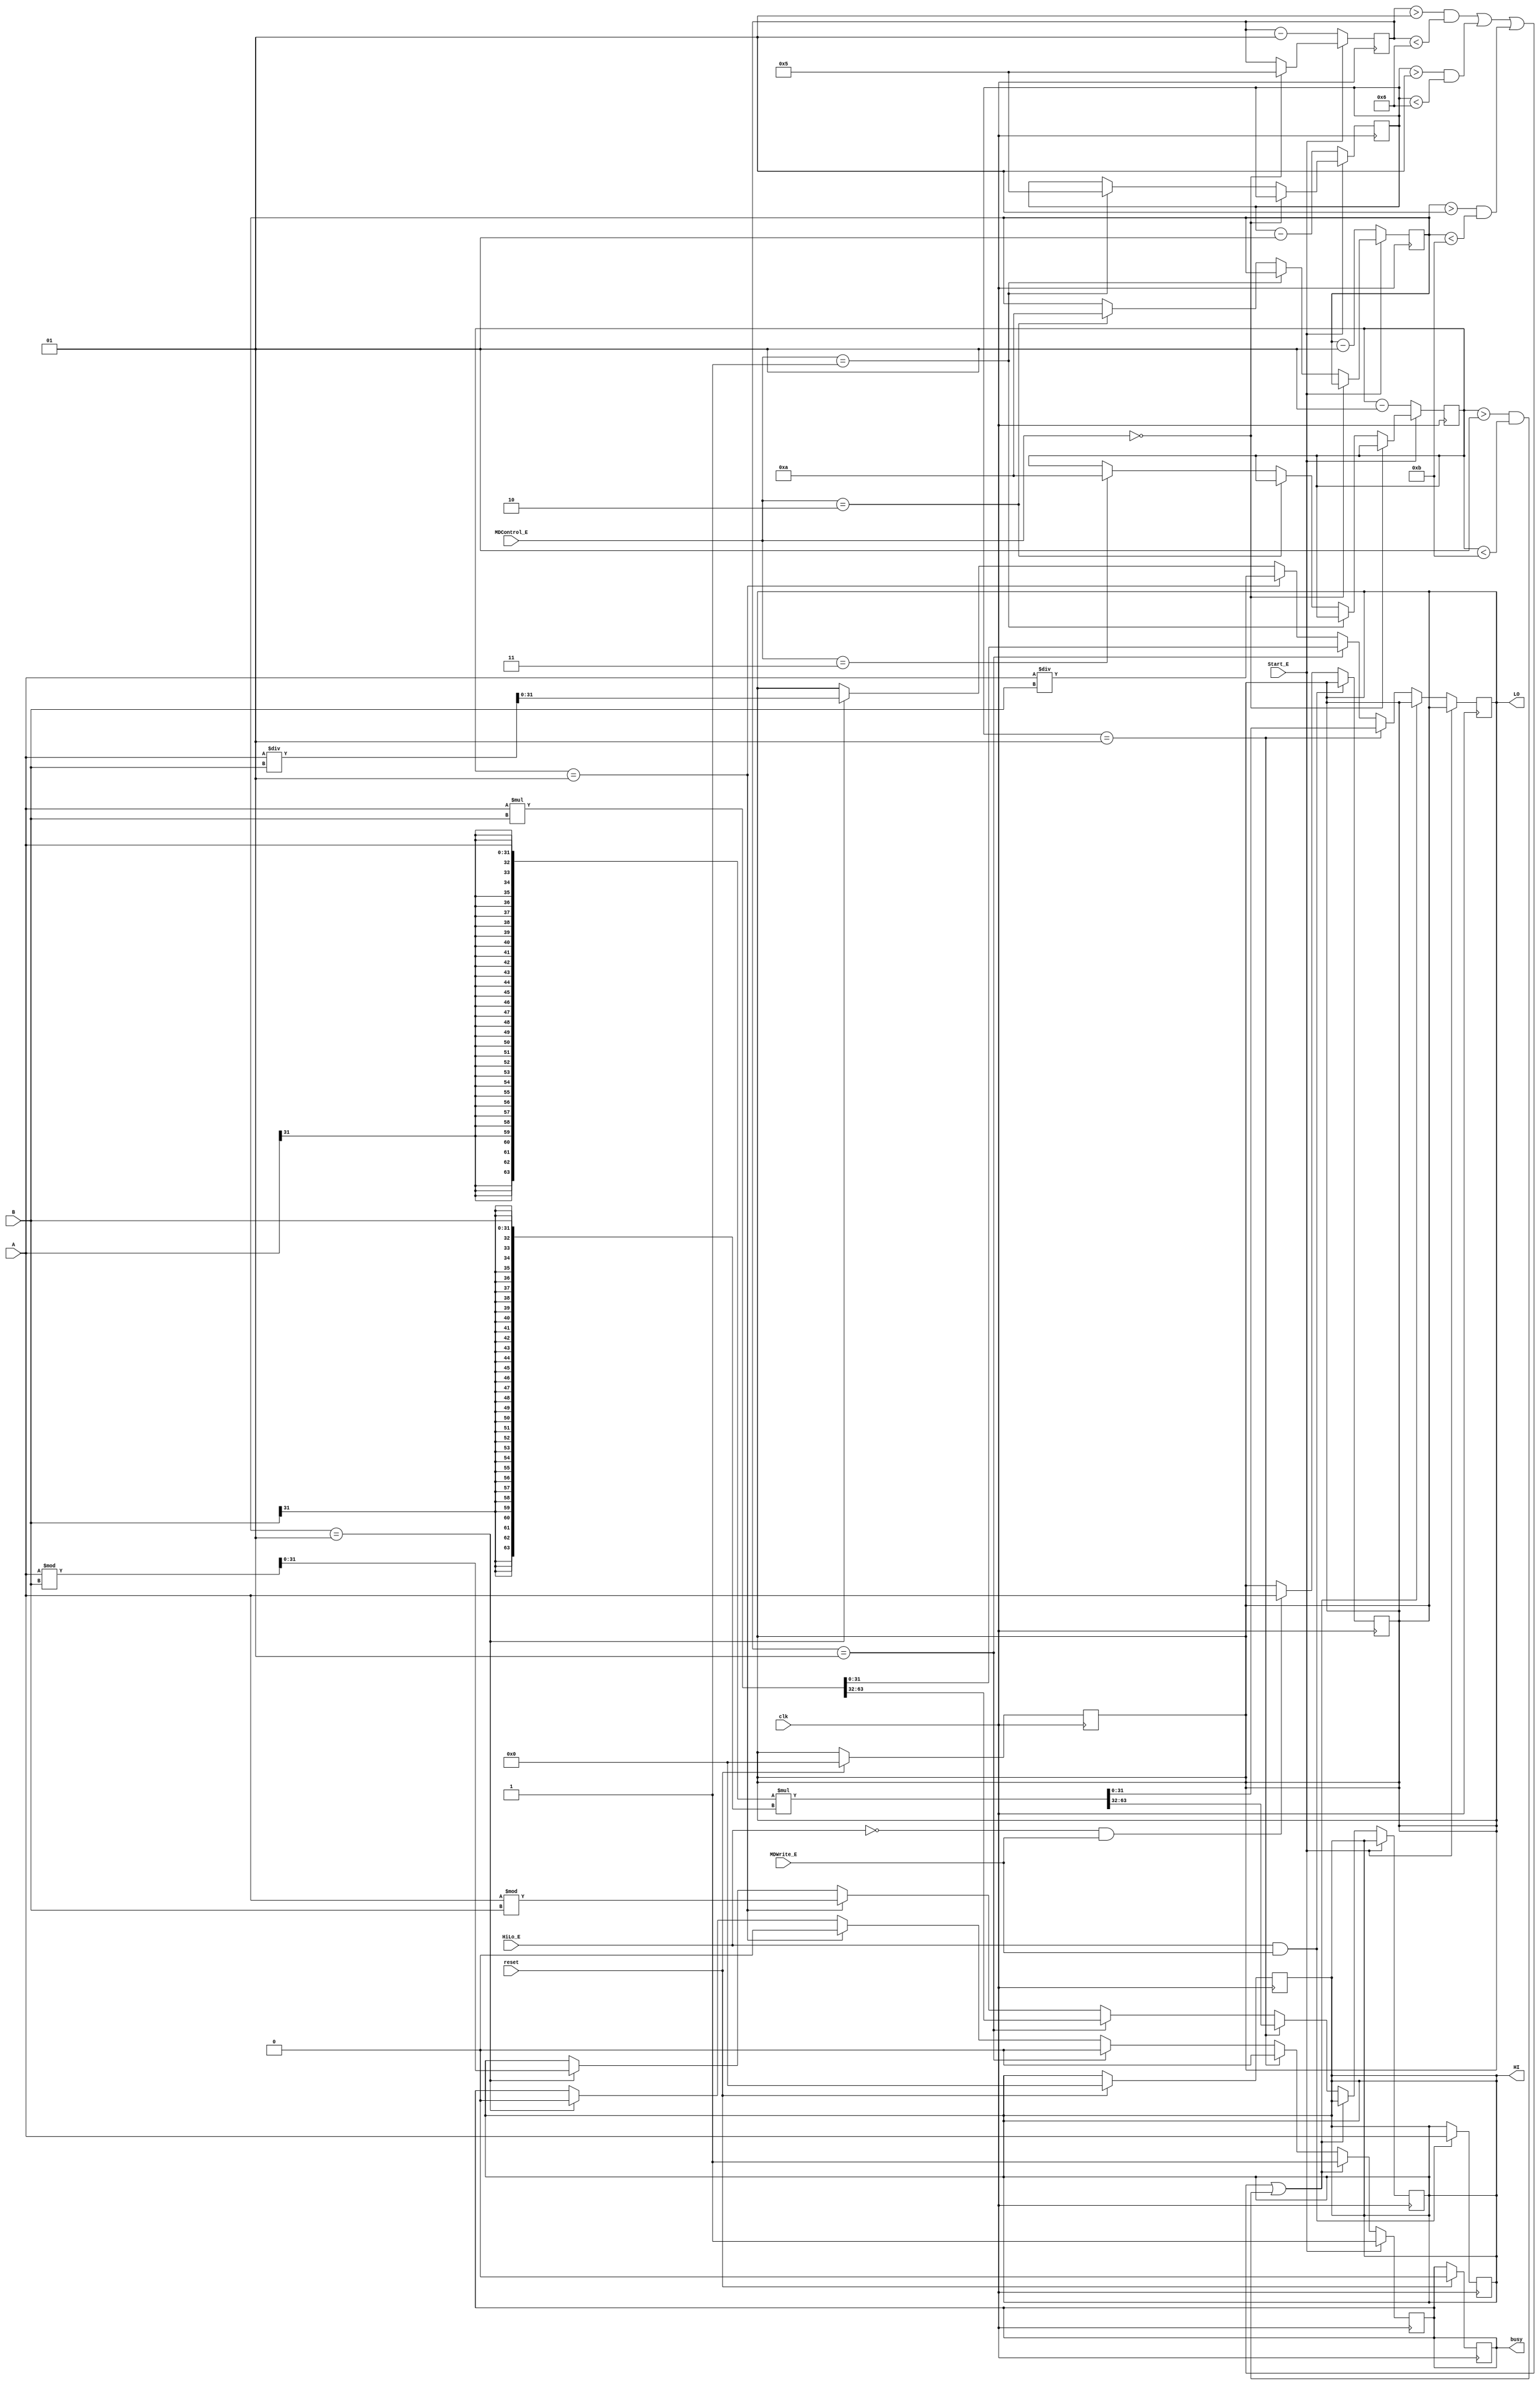
`timescale 1ns / 1ps
//////////////////////////////////////////////////////////////////////////////////
// Company: 
// Engineer: 
// 
// Design Name: 
// Module Name:    MD 
// Project Name: 
// Target Devices: 
// Tool versions: 
// Description: 
//
// Dependencies: 
//
// Revision: 
// Revision 0.01 - File Created
// Additional Comments: 
//
//////////////////////////////////////////////////////////////////////////////////
module MD(
    input clk,
    input reset,
    input [31:0] A,
    input [31:0] B,
    input HiLo_E,
    input [1:0] MDControl_E,
    input Start_E,
    input MDWrite_E,
    output reg busy,
    output reg [31:0] HI,
    output reg [31:0] LO
    );

	reg   [63:0] mid ;
	reg   [65:0] midu;
	reg   [31:0] da;
	reg   [31:0] db;
	
	always @ (Start_E)
	begin
	 mid = {{32{A[31]}},A}*{{32{B[31]}},B};
	 midu =  {1'b0,A}*{1'b0,B};
	 da=A;
	 db=B;
	end
	
	
	integer m;
	integer mu;
	integer d;
	integer du;
	
	always @ (posedge clk)
	if(reset)
	begin
		busy <=0;
		HI<=0;
		LO<=0;
	end
	
	always @ (posedge clk)
	begin
		if(HiLo_E & MDWrite_E)
			HI <= A;
		else if(!HiLo_E & MDWrite_E)
			LO <= A;
	end
	
	always @ (posedge clk)
	begin
		if(Start_E)
			begin
				busy <=1;
				if(MDControl_E==2'b00) 
					mu<=5;
				else if(MDControl_E==2'b01)
					m<=5;
				else if(MDControl_E==2'b10)
					du<=10;
				else if(MDControl_E==2'b11)
					d<=10;
			end
		 
		else if(!Start_E)
			begin
				mu<=mu-1;
				du<=du-1;
				m<=m-1;
				d<=d-1;
				if((mu>1 & mu<6)|(m>1 & m<6) | (du>1 & du <11) | (d>1 & d<11))
					busy <= 1;					
				else if(m==1)
				begin
					HI <=  mid[63:32];
					LO <=  mid[31:0];
					busy <= 0;
				end
				else if(mu==1)
				begin
					HI <= midu[63:32];
					LO <= midu[31:0];
					busy <=0;
				end
				else if(d==1)
				begin
					HI <= $signed(da)%$signed(db);
					LO <= $signed(da)/$signed(db);
					busy = 0;
				end
				else if(du==1)
				begin
					HI <= {1'b0,da}% {1'b0,db};
					LO <= {1'b0,da}/ {1'b0,db};
					busy =0;
				end
			end
		end
endmodule